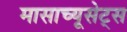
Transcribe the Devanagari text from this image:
मासाच्यूसेट्स